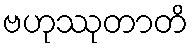
ဗဟုဿုတာတိ